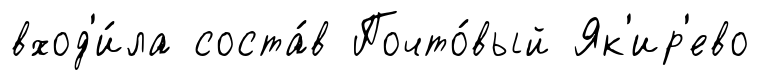
вход'и́ла соста́в Почто́вый Як'ир'ево